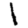
Digit: 1